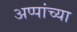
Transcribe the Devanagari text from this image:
अप्पांच्या